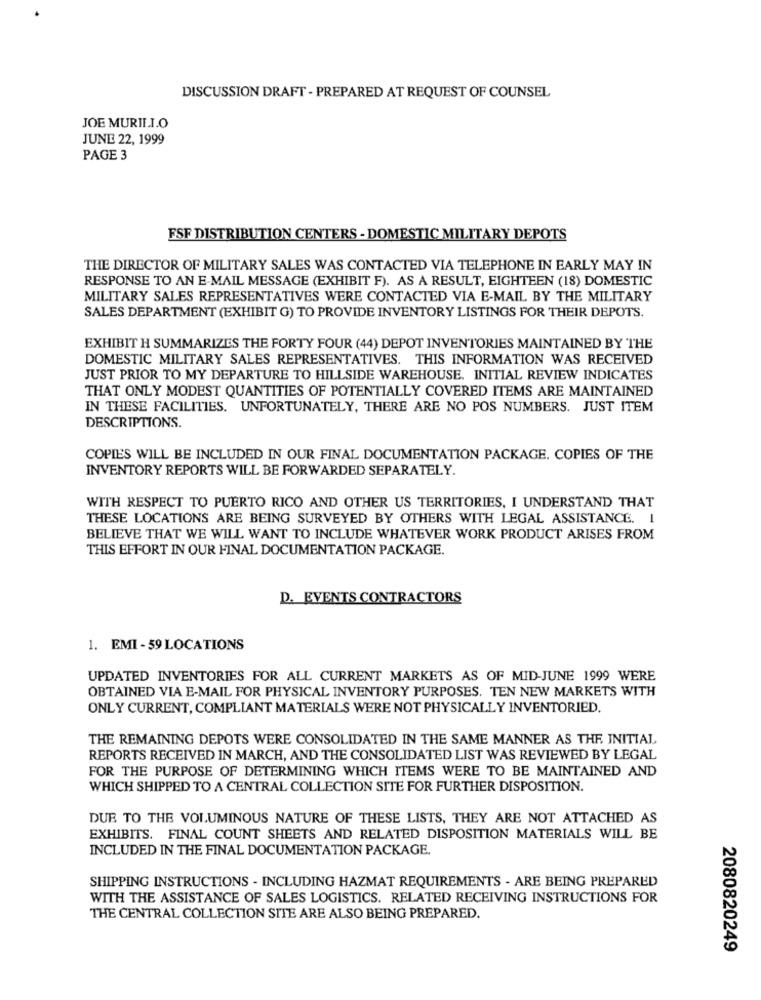
DISCUSSION DRAFT - PREPARED AT REQUEST OF COUNSEL
JOE MURILLO
JUNE 22, 1999
PAGE 3
FSF DISTRIBUTION CENTERS - DOMESTIC MILITARY DEPOTS
THE DIRECTOR OF MILITARY SALES WAS CONTACTED VIA TELEPHONE IN EARLY MAY IN
RESPONSE TO AN E-MAIL MESSAGE (EXHIBIT F). AS A RESULT, EIGHTEEN (18) DOMESTIC
MILITARY SALES REPRESENTATIVES WERE CONTACTED VIA E-MAIL BY THE MILITARY
SALES DEPARTMENT (EXHIBIT G) TO PROVIDE INVENTORY LISTINGS FOR THEIR DEPOTS.
EXHIBIT H SUMMARIZES THE FORTY FOUR (44) DEPOT INVENTORIES MAINTAINED BY THE
DOMESTIC MILITARY SALES REPRESENTATIVES. THIS INFORMATION WAS RECEIVED
JUST PRIOR TO MY DEPARTURE TO HILLSIDE WAREHOUSE. INITIAL REVIEW INDICATES
THAT ONLY MODEST QUANTITIES OF POTENTIALLY COVERED ITEMS ARE MAINTAINED
IN THESE FACILITIES. UNFORTUNATELY, THERE ARE NO POS NUMBERS. JUST ITEM
DESCRIPTIONS.
COPIES WILL BE INCLUDED IN OUR FINAL DOCUMENTATION PACKAGE. COPIES OF THE
INVENTORY REPORTS WILL BE FORWARDED SEPARATELY.
WITH RESPECT TO PUERTO RICO AND OTHER US TERRITORIES, I UNDERSTAND THAT
THESE LOCATIONS ARE BEING SURVEYED BY OTHERS WITH LEGAL ASSISTANCE. 1
BELIEVE THAT WE WILL WANT TO INCLUDE WHATEVER WORK PRODUCT ARISES FROM
THIS EFFORT IN OUR FINAL DOCUMENTATION PACKAGE.
D. EVENTS CONTRACTORS
1. EMI -59 LOCATIONS
UPDATED INVENTORIES FOR ALL CURRENT MARKETS AS OF MID-JUNE 1999 WERE
OBTAINED VIA E-MAIL FOR PHYSICAL INVENTORY PURPOSES. TEN NEW MARKETS WITH
ONLY CURRENT, COMPLIANT MATERIALS WERE NOT PHYSICALLY INVENTORIED.
THE REMAINING DEPOTS WERE CONSOLIDATED IN THE SAME MANNER AS THE INITIAL
REPORTS RECEIVED IN MARCH, AND THE CONSOLIDATED LIST WAS REVIEWED BY LEGAL
FOR THE PURPOSE OF DETERMINING WHICH ITEMS WERE TO BE MAINTAINED AND
WHICH SHIPPED TO A CENTRAL COLLECTION SITE FOR FURTHER DISPOSITION.
DUE TO THE VOLUMINOUS NATURE OF THESE LISTS, THEY ARE NOT ATTACHED AS
EXHIBITS. FINAL COUNT SHEETS AND RELATED DISPOSITION MATERIALS WILL BE
INCLUDED IN THE FINAL DOCUMENTATION PACKAGE.
SHIPPING INSTRUCTIONS - INCLUDING HAZMAT REQUIREMENTS - ARE BEING PREPARED
WITH THE ASSISTANCE OF SALES LOGISTICS. RELATED RECEIVING INSTRUCTIONS FOR
THE CENTRAL COLLECTION SITE ARE ALSO BEING PREPARED.
2080820249